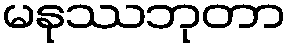
မနုဿဘုတာ